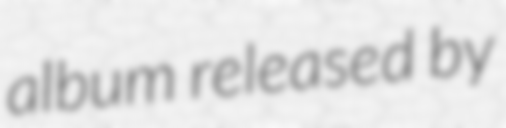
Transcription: album released by